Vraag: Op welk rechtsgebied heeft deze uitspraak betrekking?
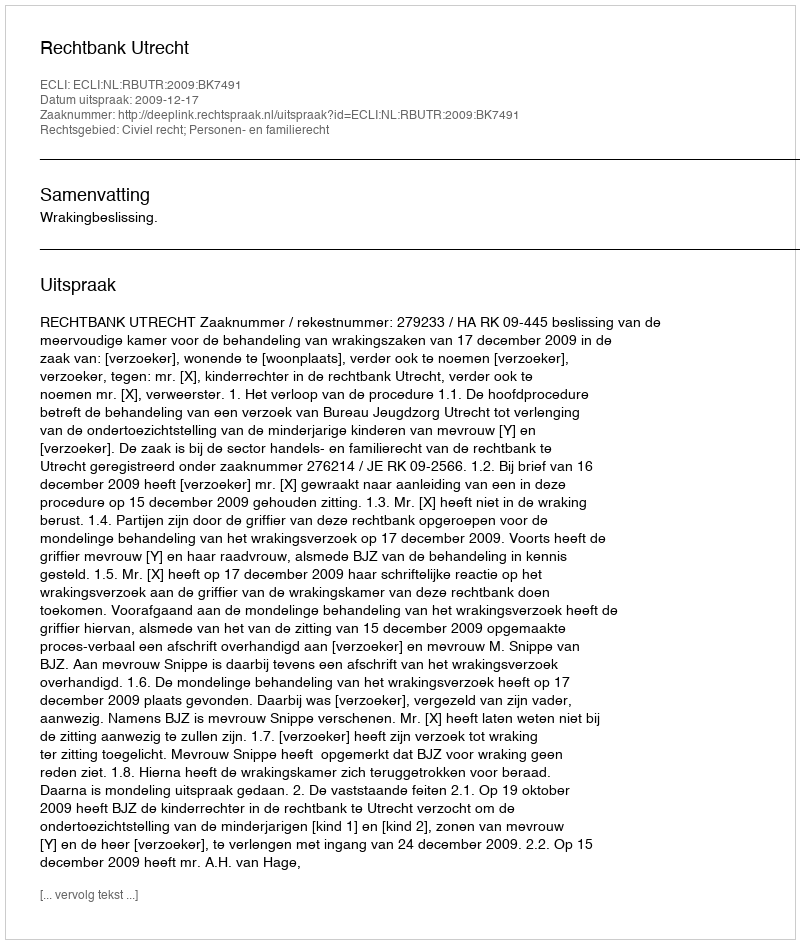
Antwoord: Civiel recht; Personen- en familierecht